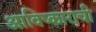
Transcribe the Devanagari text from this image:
आविष्काराची